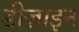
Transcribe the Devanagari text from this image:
डीज़ाइन